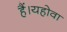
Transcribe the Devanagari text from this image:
हैं।यहोवा